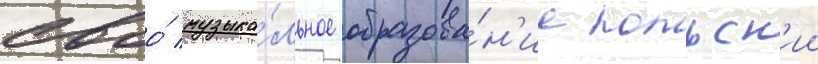
своо́ музыка́льное образова́н'ие польск'ии